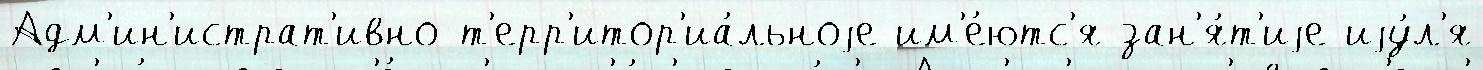
Адм'ин'истрат'ивно-т'ерр'итор'иа́льноjе им'е́ютс'я зан'я́т'иjе иjу́л'я